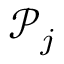
\mathcal { P } _ { j }